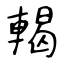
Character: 輵